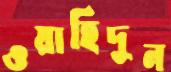
ওয়াহিদুন